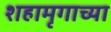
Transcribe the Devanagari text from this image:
शहामृगाच्या